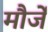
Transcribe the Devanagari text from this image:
मौर्जें